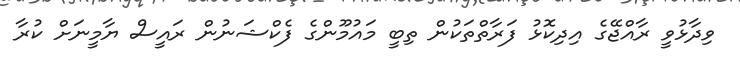
ވިދާޅުވީ ރާއްޖޭގެ އިދިކޮޅު ފަރާތްތަކުން ތިބީ މައުމޫންގެ ފެކްޝަނުން ރައީސް ޔާމީނަށް ކުރާ